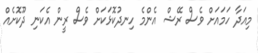
މިއަދާ ހަމައަށް ވެސް ރޭޝް އެންމެ ހިނދުކޮޅަކަށް ވެސް ރީން އެކަނި ދޫކޮށެއް